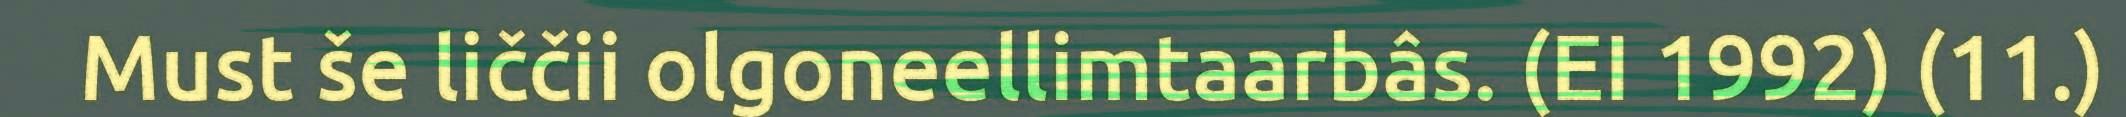
Must še liččii olgoneellimtaarbâs. (EI 1992) (11.)